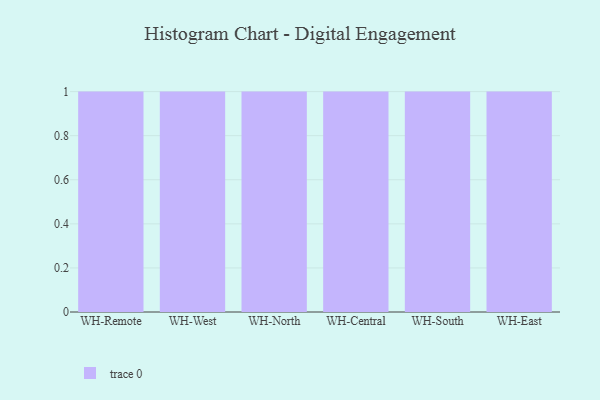
{"axis": {"x": "Warehouse", "y": "Tickets Resolved"}, "legend": [""], "data": [{"x": "WH-Remote", "y": 66, "type": ""}, {"x": "WH-West", "y": 94, "type": ""}, {"x": "WH-North", "y": 13, "type": ""}, {"x": "WH-Central", "y": 22, "type": ""}, {"x": "WH-South", "y": 99, "type": ""}, {"x": "WH-East", "y": 34, "type": ""}]}